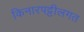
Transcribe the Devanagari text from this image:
किनारपट्टीलगत